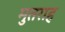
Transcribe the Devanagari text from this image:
मुतराह